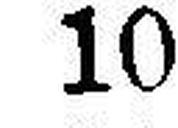
10